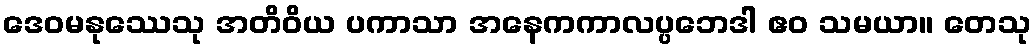
ဒေဝမနုဿေသု အတိဝိယ ပကာသာ အနေကကာလပ္ပဘေဒါ ဧဝ သမယာ။ တေသု